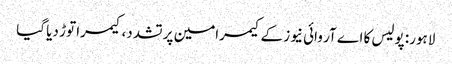
لاہور: پولیس کا اے آر وائی نیوز کے کیمرامین پر تشدد، کیمرا توڑ دیا گیا